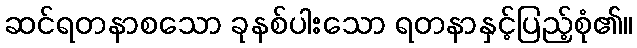
ဆင်ရတနာစသော ခုနစ်ပါးသော ရတနာနှင့်ပြည့်စုံ၏။